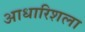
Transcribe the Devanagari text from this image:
आधारिशला